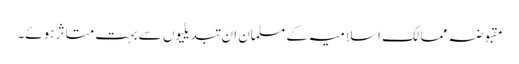
مقبوضہ ممالک اسلامیہ کے مسلمان ان تبدیلیوں سے بہت متاثر ہوئے۔